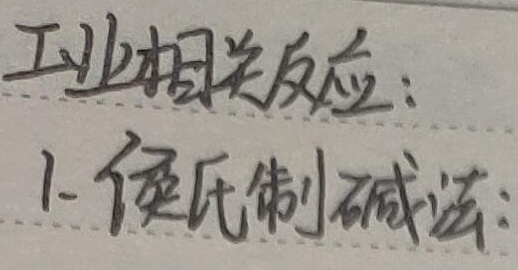
工业相关反应：1. 侯氏制碱法：